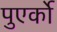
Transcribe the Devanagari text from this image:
पुएर्को